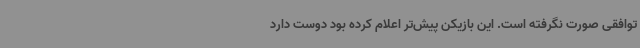
توافقی صورت نگرفته است. این بازیکن پیش‌تر اعلام کرده بود دوست دارد